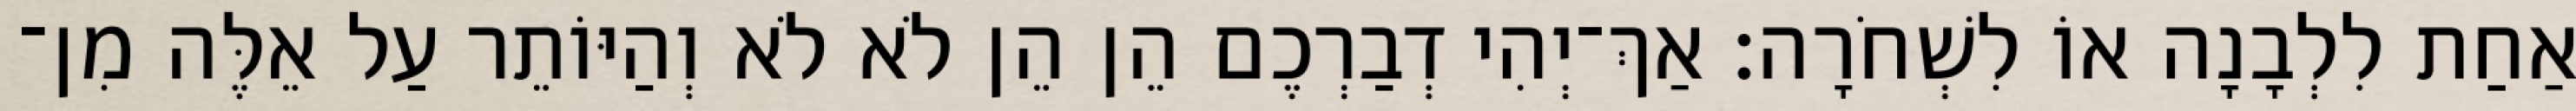
אַחַת לִלְבָנָה אוֹ לִשְׁחֹרָה׃ אַךְ־יְהִי דְבַרְכֶם הֵן הֵן לֹא לֹא וְהַיּוֹתֵר עַל אֵלֶּה מִן־